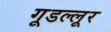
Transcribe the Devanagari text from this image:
गूडल्लूर